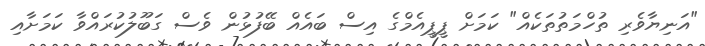
"އަނިޔާވެރި ތުހްމަތުތަކެއް" ކަމަށް ޕީޕީއެމްގެ އިސް ބައެއް ބޭފުޅުން ވެސް ގަބޫލުކުރައްވާ ކަމަށާއި